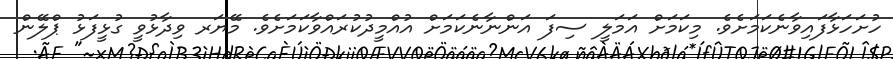
ހުށަހަޅާފައިވާނެކަމަށެވެ. މިކަމަށް އަމަލީ ސިފަ އަންނާނެކަމަށް އުއްމީދުކުރައްވާކަމަށެވެ. މޭޔަރ ވިދާޅުވީ ގުޅީފަޅު ޕްލޭން